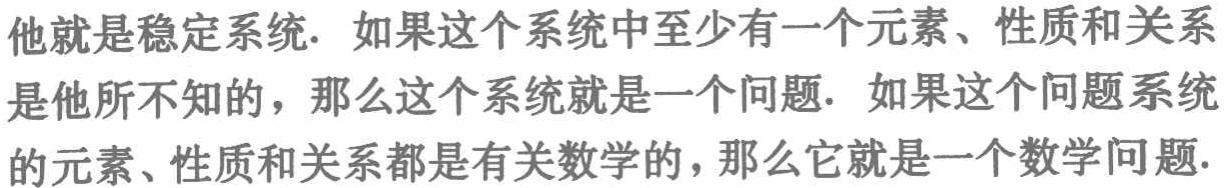
他就是稳定系统. 如果这个系统中至少有一个元素、性质和关系是他所不知的，那么这个系统就是一个问题. 如果这个问题系统的元素、性质和关系都是有关数学的，那么它就是一个数学问题.